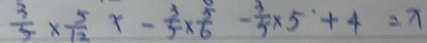
\frac { 3 } { 5 } \times \frac { 5 } { 1 2 } x - \frac { 3 } { 5 } \times \frac { 5 } { 6 } - \frac { 3 } { 5 } \times 5 + 4 = x